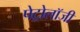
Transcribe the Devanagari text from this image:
पेट्रोलॉजी